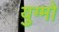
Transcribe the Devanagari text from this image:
युग्मो